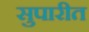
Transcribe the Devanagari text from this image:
सुपारीत